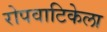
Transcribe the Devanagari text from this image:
रोपवाटिकेला